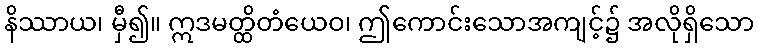
နိဿာယ၊ မှီ၍။ ဣဒမတ္ထိတံယေဝ၊ ဤကောင်းသောအကျင့်၌ အလိုရှိသော